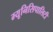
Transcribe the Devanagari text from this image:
म्यूनिसिपालिटी